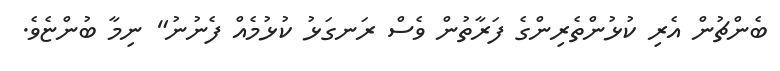
ބެންޗުން އެރި ކުޅުންތެރިންގެ ފަރާތުން ވެސް ރަނގަޅު ކުޅުމެއް ފެނުނު" ނިމާ ބުންޏެވެ.